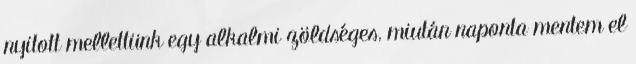
nyitott mellettünk egy alkalmi zöldséges, miután naponta mentem el